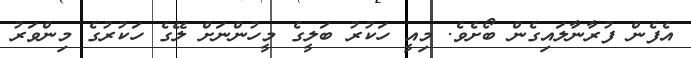
އެފެން ފުރާނާލައިގެން ބޯށެވެ. މިއީ ހަކުރު ބަލީގެ މީހުންނަށް ލޭގެ ހަކުރުގެ މިންވަރު